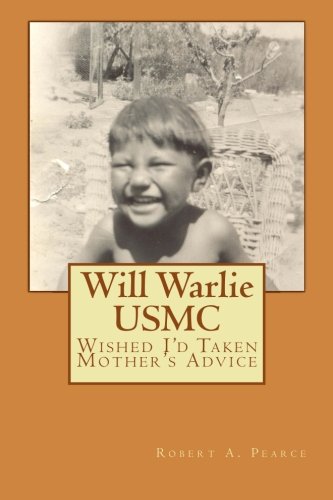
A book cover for Will Warlie: Wished I'd Taken Mother's Advice; Robert A. Pearce; Biographies & Memoirs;